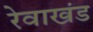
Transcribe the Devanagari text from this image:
रेवाखंड